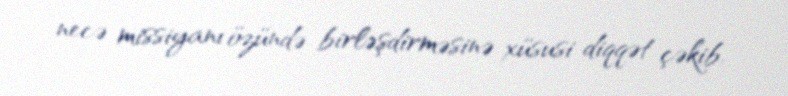
necə missiyanı özündə birləşdirməsinə xüsusi diqqət çəkib.